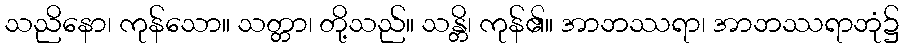
သညိနော၊ ကုန်သော။ သတ္တာ၊ တို့သည်။ သန္တိ၊ ကုန်၏။ အာဘဿရာ၊ အာဘဿရာဘုံ၌